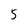
Character: 5